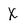
Character: X